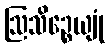
ဩသိဉ္စေယျုံ